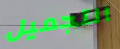
التجميل